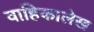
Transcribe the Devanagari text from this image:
वाहिकालेख